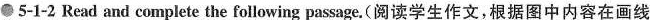
●5-1-2 Read and complete the following pas age.(阅读学生作文,根据图中内容在画线